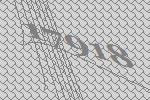
17918